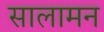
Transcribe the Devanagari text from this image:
सालामन